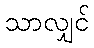
သာလျှင်